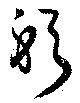
躬